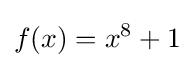
f(x)=x^{8}+1